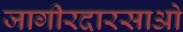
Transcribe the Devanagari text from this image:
जागीरदारसाओ